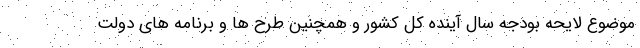
موضوع لایحه بودجه سال آینده کل کشور و همچنین طرح ها و برنامه های دولت